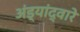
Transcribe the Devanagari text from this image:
अंड्यांद्वारे